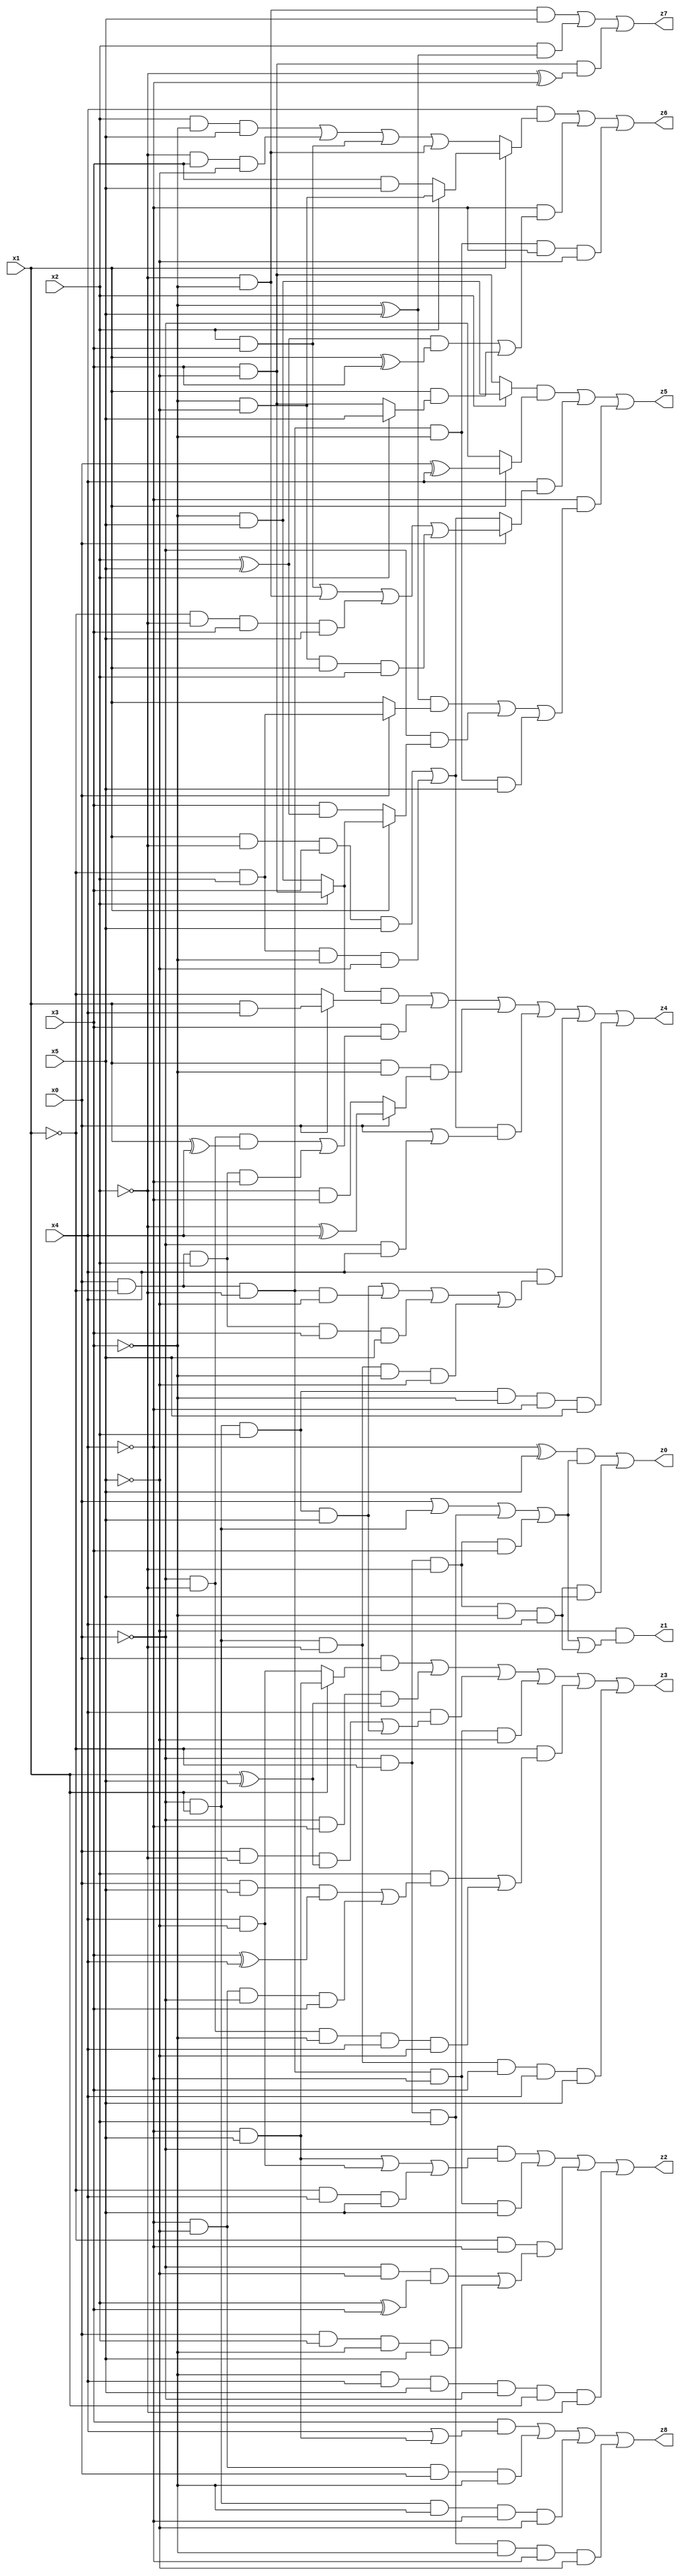
// Benchmark "X_47" written by ABC on Tue Jun 06 22:25:55 2023

module X_47 ( 
    x0, x1, x2, x3, x4, x5,
    z0, z1, z2, z3, z4, z5, z6, z7, z8  );
  input  x0, x1, x2, x3, x4, x5;
  output z0, z1, z2, z3, z4, z5, z6, z7, z8;
  assign z0 = ((~x4 ^ x5) & (x0 | (~x0 & x1) | (~x0 & ~x1 & x2) | (~x0 & ~x1 & ~x2 & x3))) | (~x0 & ~x1 & ~x2 & ~x3 & x4 & x5);
  assign z1 = ~x5 & (x0 | (~x0 & x1) | (~x0 & ~x1 & x2) | (~x0 & ~x1 & ~x2 & x3) | (~x0 & ~x1 & ~x2 & ~x3 & x4));
  assign z2 = (~x0 & ((~x4 & x5) | (x4 & ~x5) | (~x1 & x4 & x5))) | (x0 & ~x1 & ~x2 & ~x4 & x5) | (~x1 & ~x4 & ((~x0 & ~x5 & (x2 ^ x3)) | (x0 & x2 & ~x3 & x5))) | (~x3 & x4 & x5 & ~x0 & x1 & ~x2);
  assign z3 = (x0 & (x1 ? (~x4 & x5) : (x4 & ~x5))) | (~x0 & ~x4 & (x1 ^ x5)) | (x4 & ((x0 & ~x2 & (x1 ^ x5)) | (~x0 & x1 & x2 & x5))) | (x0 & ~x1 & ~x2 & ~x4 & ~x5) | (~x1 & ((x2 & ((x0 & x5 & (x3 ^ x4)) | (~x4 & ~x5 & ~x0 & x3))) | (~x0 & ~x2 & ~x3 & x4 & ~x5))) | (~x0 & x1 & ~x2 & x3 & x4 & x5);
  assign z4 = ((x2 ? (x3 & ~x5) : (~x3 & x5)) & (x0 ? (x1 & x4) : ~x1)) | (x3 & ((~x0 & ~x2 & (x1 ^ x4)) | (x0 & ~x1 & x2 & ~x4))) | (x1 & ~x3 & (x0 ? (~x2 ^ x4) : (~x2 & ~x4))) | (((x1 & ~x2 & x3 & x5) | (~x1 & x2 & ~x3 & ~x5)) & (x0 | (~x0 & x4))) | (x4 & ((~x0 & x1 & x2 & x5) | (x0 & ~x1 & ~x2 & ~x5) | (x0 & ~x1 & x2 & x3 & x5) | (~x0 & x1 & ~x2 & ~x3 & ~x5))) | (~x0 & x1 & x2 & ~x3 & ~x4 & x5);
  assign z5 = ((x2 ? (~x3 & x5) : (x3 & ~x5)) & (x1 ? (x0 ^ x4) : ~x0)) | (x4 & (x0 ? ((x2 & x3) | (~x2 & ~x3) | (~x1 & ~x2 & x3 & x5) | (~x3 & ~x5 & x1 & x2)) : ((x1 & ~x2 & x3 & x5) | (~x1 & x2 & ~x3 & ~x5)))) | (~x4 & (((~x3 ^ x5) & (x0 ? (~x1 & x2) : x1)) | (~x0 & (x1 ? (x2 ? (x3 & ~x5) : (~x3 & x5)) : (x3 & (x2 ^ x5)))) | (x0 & ~x1 & ~x2 & ~x3 & x5)));
  assign z6 = (x4 & (x1 ? (x2 ? (~x3 & ~x5) : (x3 & x5)) : ((x2 & ~x3 & x5) | (~x2 & x3 & ~x5) | (x2 & x3) | (~x2 & ~x3)))) | (~x4 & (((x2 ^ x5) & (x1 ^ x3)) | (x1 & (x2 ? x5 : (x3 & ~x5))))) | (x0 & ~x1 & ~x2 & ~x3 & ~x4 & ~x5);
  assign z7 = (~x2 & ~x3 & x5) | (x2 & (~x3 ^ x5)) | (x3 & ~x5 & (~x2 ^ ~x4));
  assign z8 = (x3 & (x4 | (~x4 & x5))) | (~x4 & ~x5 & x0 & ~x3) | (~x0 & x1 & ~x3 & ~x4 & ~x5) | (~x0 & ~x1 & x2 & ~x3 & ~x4 & ~x5);
endmodule